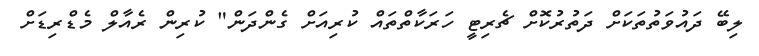
ލިބޭ ދައުވަތުތަކަށް ދަތުރުކޮށް ޗެރިޓީ ހަރަކާތްތައް ކުރިއަށް ގެންދަން" ކުރިން ރެއާލް މެޑްރިޑަށް